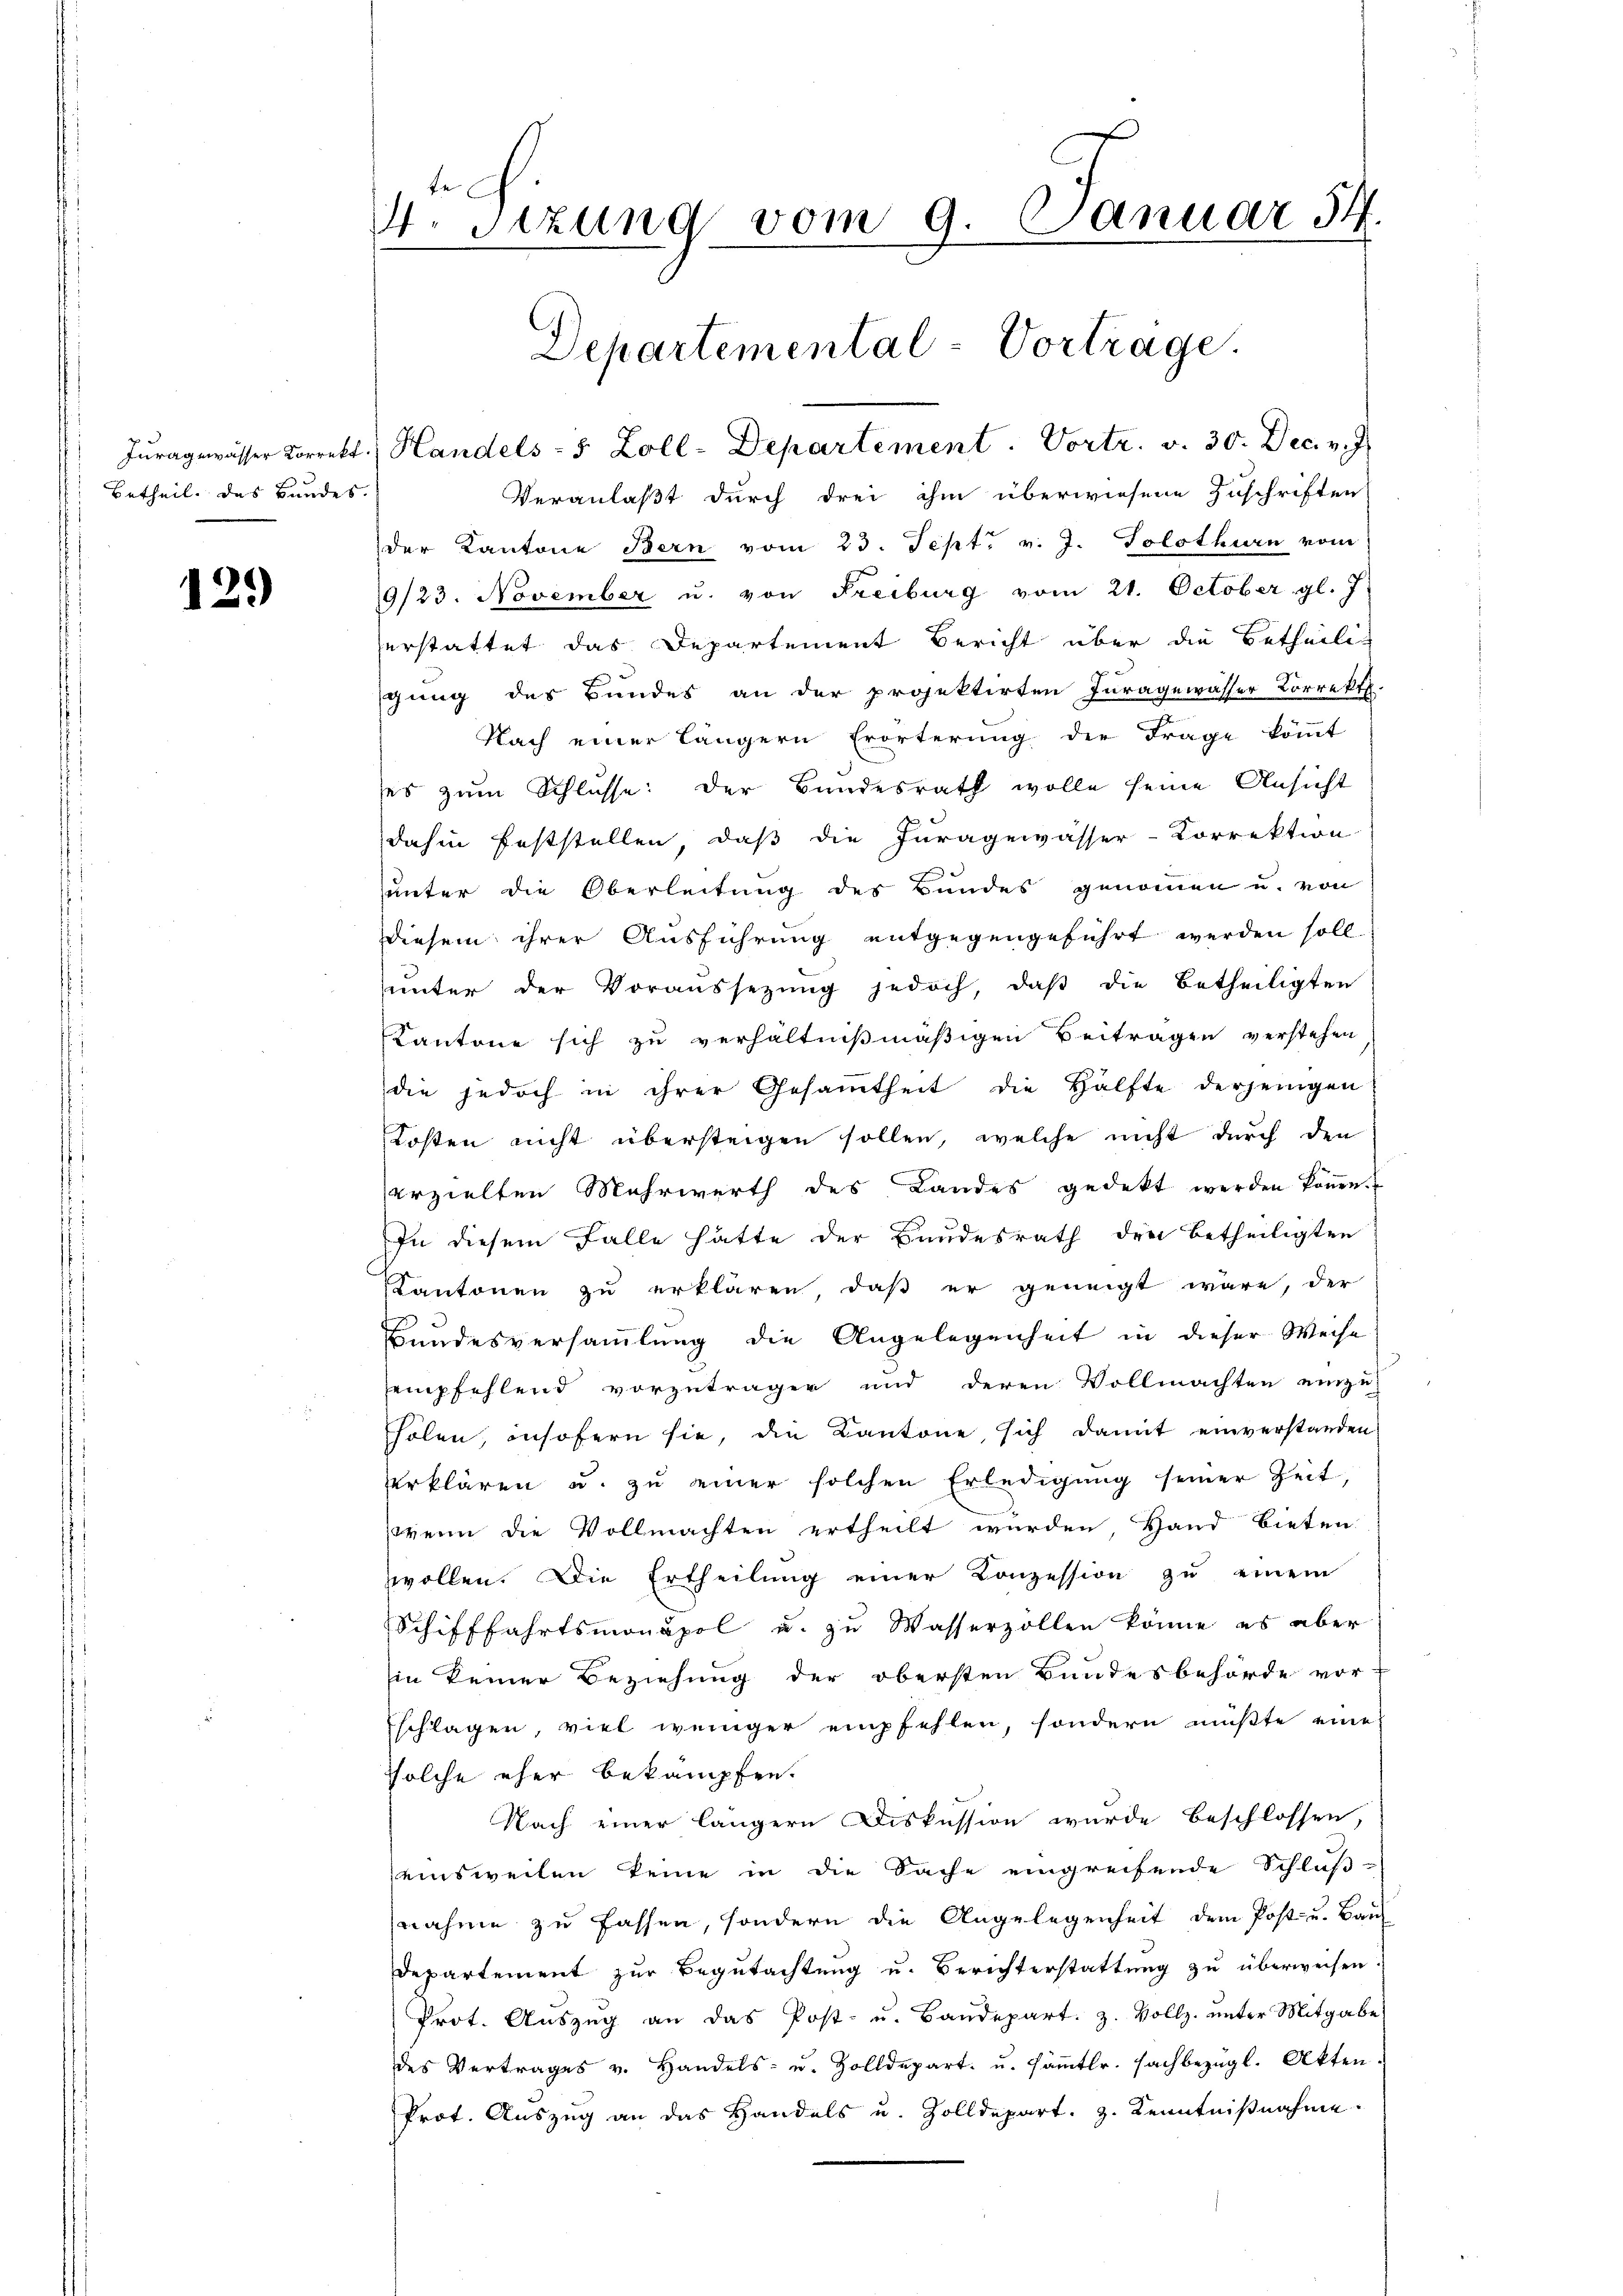
Betheil das Bundes.

129)

te
44. Sizung vom 9. Januar 54.

Departemental-Vortrage.
Juragewasser Korrekt.) Handels- 5 Zoll-Departement. Vortr. v. 30. Dec. v.

Veranlaßt durch drei ihm überwiesene Zuschriften
der Kantone Bern vom 23. Sept. v. J. Solothurn vom
9/23. November u. von Freiburg vom 21. October gl. J
erstattet das Departement Bericht über die Betheiligung des Bundes an der projektirten Juragewasser Korrekt.
Nach einer längern Erörterung der Frage kömmt
ses zum Schlusse: Der Bundesrath wolle seine Ansicht
dahin feststellen, daß die Juragewässer-Correktion
unter die Oberleitung des Bundes genommen u. von
diesem ihrer Ausführung entgegengeführt werden soll
ŭnter der Voraussetzŭng jedoch, daβ die Betheiligten
Kantone sich zu verhältnißmäßigen Beitragen verstehen
die jedoch in ihrer Gesamtheit die Hälfte derjenigen
Kosten nicht übersteigen sollen, welche nicht durch den
erzielten Mehrwerth des Landes gedekt werden köṅen.
In diesem Falle hätte der Bundesrath den betheiligten
Kantonen zu erklären, daß er geneigt wäre, der
Bundesversammlung die Angelegenheit in dieser Weise
empfehlend vorzuträgen und deren Vollmachten einze
holen, insofern sie, die Kantone sich damit einverstanden
rklären u. zu einer solchen Erledigung seiner Zeit,
wenn die Vollmachten ertheilt wurden, Hand bieten
zwollen. Die Ertheilung einer Konzession zu einem
Schifffahrtsmonopol u. zu Wasserzollen könne, es aber
in keiner Beziehung der obersten Bundesbehörde vor-
schlagen, viel weniger empfehlen, sondern müßte eine
solche eher bekämpfen.
Nach einer längern Diskussion wurde beschlossen,
seinsweilen keine in die Sache eingreifende Schluß-
nahme zu fassen, sondern die Angelegenheit dem Post- u. Bau
Departement zur Begutachtung u. Berichterstattung zu überweisen.
Prot. Aŭszŭg an das Post- u. Baŭdepart. 3. Vollz. ŭnter Mitgabe
des Vertrages v. Handels- u. Zolldepart. u. sämmtlr. sachbezügl. Akten.
Prot. Auszug an das Handels u. Zolldepart. z. Kenntnißnahme.